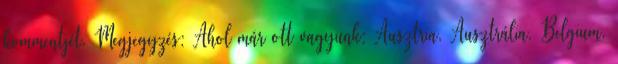
kommentjét. Megjegyzés: Ahol már ott vagyunk: Ausztria, Ausztrália, Belgium,